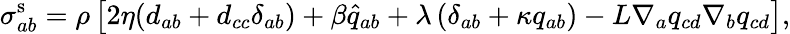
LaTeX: \sigma_{ab}^{\mathrm{s}}=\rho\left[2\eta(d_{ab}+d_{cc}\delta_{ab})+\beta\widehat{q}_{ab}+\lambda\left(\delta_{ab}+\kappa q_{ab}\right)-L\nabla_{a}q_{cd}\nabla_{b}q_{cd}\right],